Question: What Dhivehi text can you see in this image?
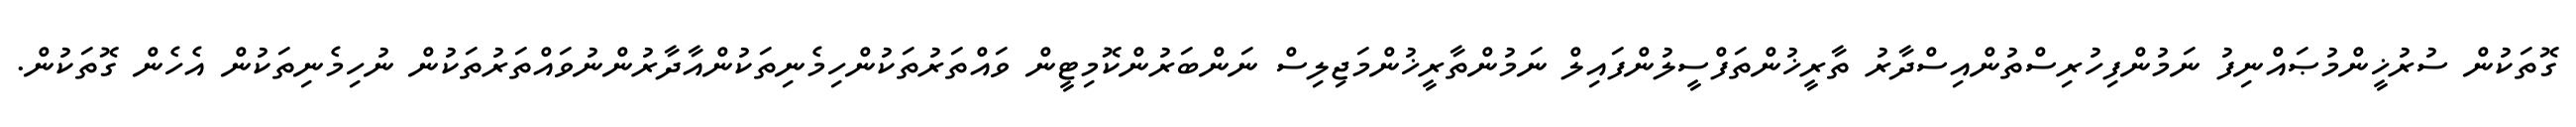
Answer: ގޮތަކުން ސުރުޚީންމުޞައްނިފު ނަމުންފިހުރިސްތުންއިސްދާރު ތާރީޚުންތަފްސީލުންފައިލް ނަމުންތާރީޚުންމަޖިލިސް ނަންބަރުންކޮމިޓީން ވައްތަރުތަކުންހިމެނިތަކުންއާދާރުންނުވައްތަރުތަކުން ނުހިމެނިތަކުން އެހެން ގޮތަކުން.